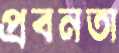
প্রবনতা